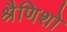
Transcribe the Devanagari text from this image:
श्रैणिशो